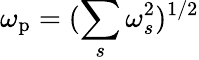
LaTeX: \omega_{\mathrm{p}}=(\sum_{s}\omega_{s}^{2})^{1/2}